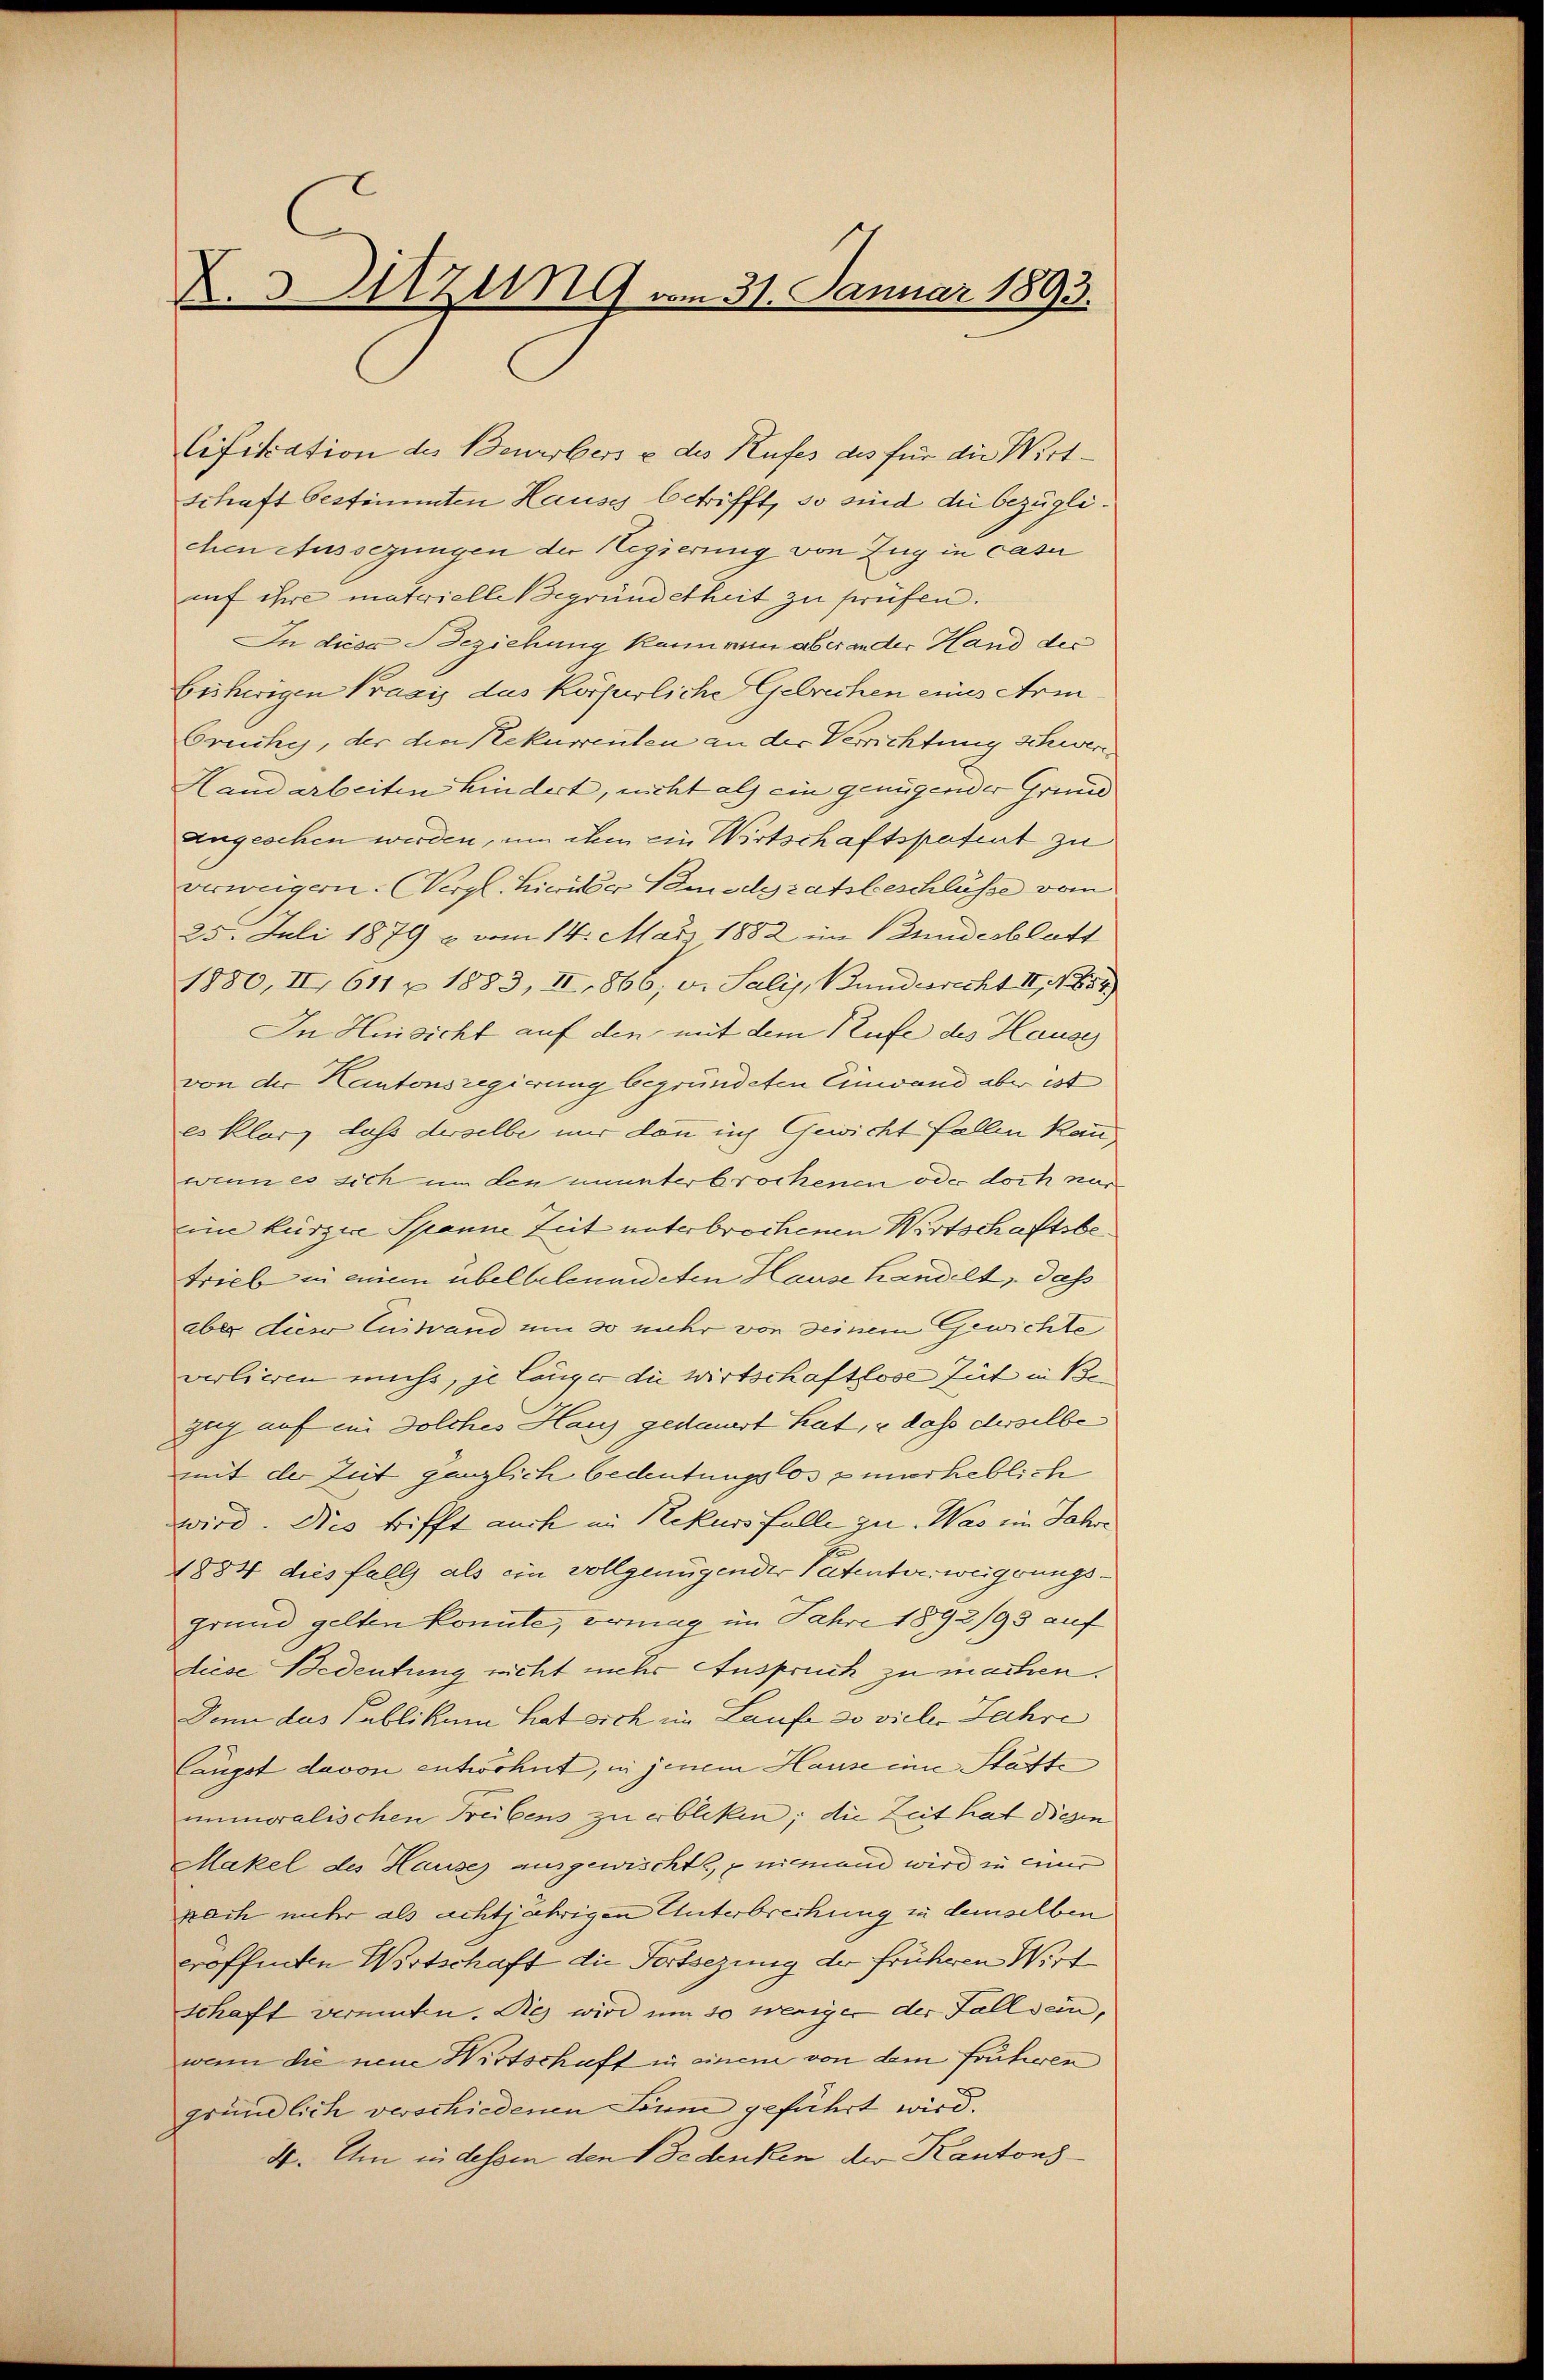
X.3Utzung vom 31. Januar 1893.

Cifikation des Bewerbers & des Rufes des für die Wirt¬
Schaft bestimmten Hauses betrifft, so sind die bezüglichen Aussezungen der Regierung von Zug in casu
auf ihre matrielle Begründetheit zu prüfen.
In diese Beziehung kann ein aber ander Hand des
Beihwigen Praxis das körperliche Gebrechen eines Arm
Gruche, der die Rekurrenten an der Verrichtung schwer¬
Hand arbeiten hindert, nicht als ein genügender Grund
angeschen werden, um ihm ein Wirtschaftspatent zu
verweigern. Vergl. Hierüber Samodgratsbeschlüsse vom
25. Juli 1879 u vom 14. März 1882 im Bundesblatt
1880, II 611 u 1883, II, 866; v. Salis, Bundesrecht II, 1884)
In Hinsicht auf den mit dem Rufe des Hause
von der Kantonsregierung begründeten Einwand aber ist
es klar, lass derselbe nur dann in Gewicht fallen kann
wenn es sich um den ununterbrochenen oder doch nur
eine kürzere Spanne Zeit unterbrochenen Wirtschaftsbetrieb in einem übel beleneneten Hause handelt, dass
aber diese Zustand um 30 mehr von seinem Gewichte
verlieren muss, je länger die Wirtschaftlose Gut in Bezug auf ein Solches Haus gedauert hat, u dass derselbe
mit der Zeit gänzlich bedeutungslos zuerheblich
wird. Dies trifft auch im Rekurs falle zu. Was ein Jahre
1884 dies falls als ein vollgenügender Patentverweigerungsgrund gelten konnte, vermag im Jahre 1892/93 auf
diese Bedeutung nicht mehr Anspruch zu machen.
Denn das Publikum hat sich im Laufe so vieler Jahre
Cängst davon entwöhnt, in jenem Hause im Statte
unmoralischen Freibens zu erbliken; die Zeit hat diesen
Makel des Hause ausgewischte, & niemand wird in einer
pach mehr als achtjährigen Unterbrechung zu demselben
eroffenden Wirtschaft die Fortsezung der früheren Wirt
schaft vermuten. Die wird um so weniger der Fall sein,
wenn die neue Wirtschaft in einem von dem früheren
gründlich verschiedenen Taum geführt wird.
4. Um in desse den Bedenken der Kantons